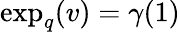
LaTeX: \begin{array}{r}{\exp_{q}(v)=\gamma(1)}\end{array}